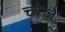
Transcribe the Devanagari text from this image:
च्वेजे